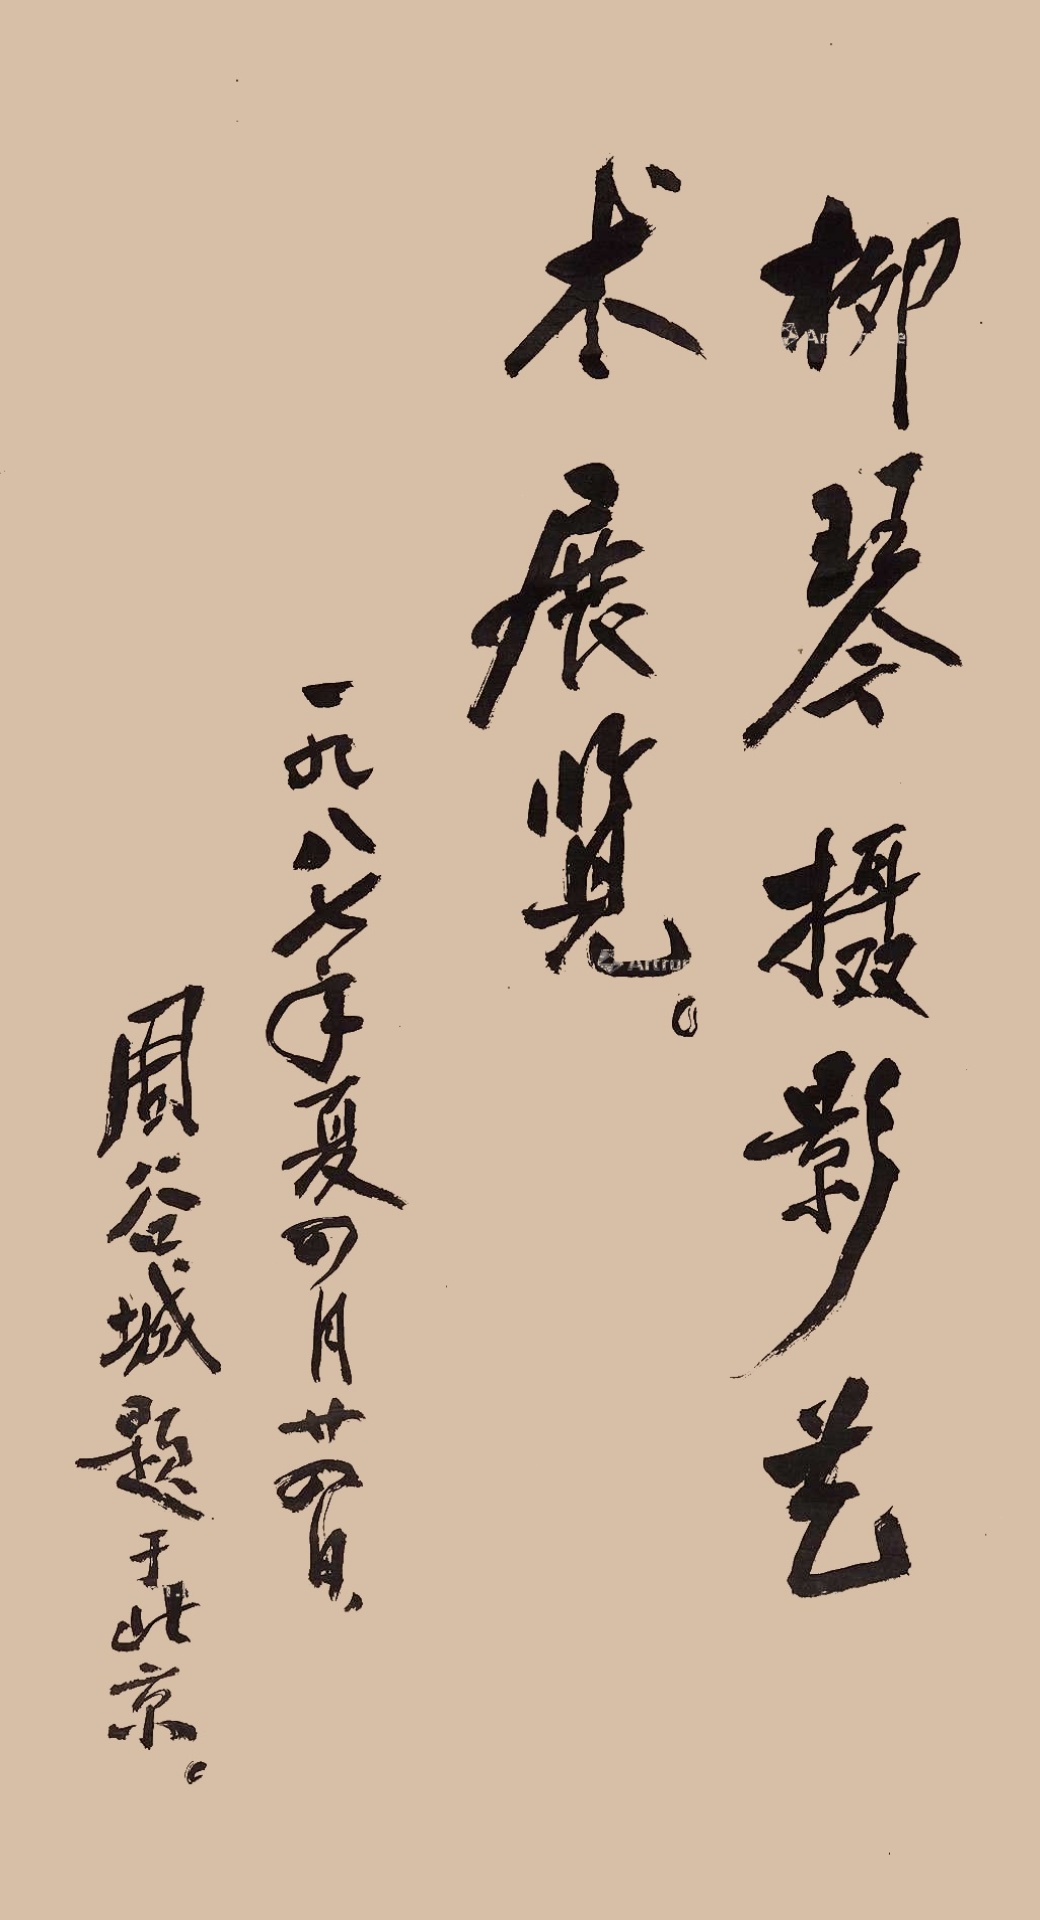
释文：柳琴摄影艺术展览。一九八七年夏四月二十四日，周谷城题于北京。